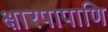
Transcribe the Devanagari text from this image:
क्षारपापाणि